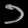
Digit: ၁